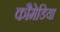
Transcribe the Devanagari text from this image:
कौमेडिया